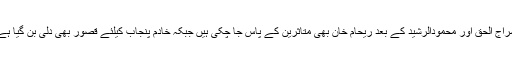
سراج الحق اور محمودالرشید کے بعد ریحام خان بھی متاثرین کے پاس جا چکی ہیں جبکہ خادم پنجاب کیلئے قصور بھی دلی بن گیا ہے۔